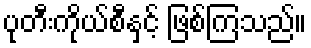
ပုတီးကိုယ်စီနှင့် ဖြစ်ကြသည်။